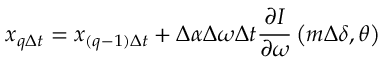
x _ { q \Delta t } = x _ { ( q - 1 ) \Delta t } + \Delta \alpha \Delta \omega \Delta t \frac { \partial I } { \partial \omega } \left( m \Delta \delta , \theta \right)